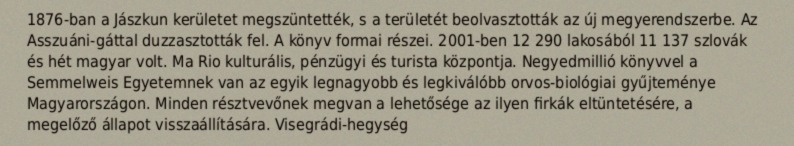
1876-ban a Jászkun kerületet megszüntették, s a területét beolvasztották az új megyerendszerbe. Az Asszuáni-gáttal duzzasztották fel. A könyv formai részei. 2001-ben 12 290 lakosából 11 137 szlovák és hét magyar volt. Ma Rio kulturális, pénzügyi és turista központja. Negyedmillió könyvvel a Semmelweis Egyetemnek van az egyik legnagyobb és legkiválóbb orvos-biológiai gyűjteménye Magyarországon. Minden résztvevőnek megvan a lehetősége az ilyen firkák eltüntetésére, a megelőző állapot visszaállítására. Visegrádi-hegység